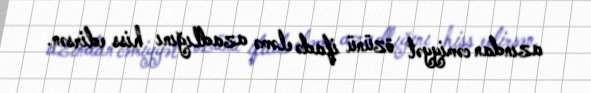
azından cəmiyyət özünü ifadə eləmə azadlığını hiss edirsən.